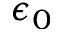
\epsilon _ { 0 }